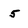
Character: 5